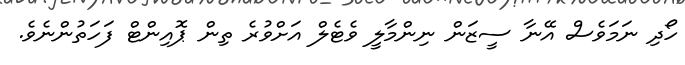
ހޯދި ނަމަވެސް އޭނާ ސީޒަން ނިންމާލީ ވެޓެލް އަށްވުރެ ތިން ޕޮއިންޓް ފަހަތުންނެވެ.